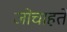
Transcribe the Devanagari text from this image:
जोचाहते